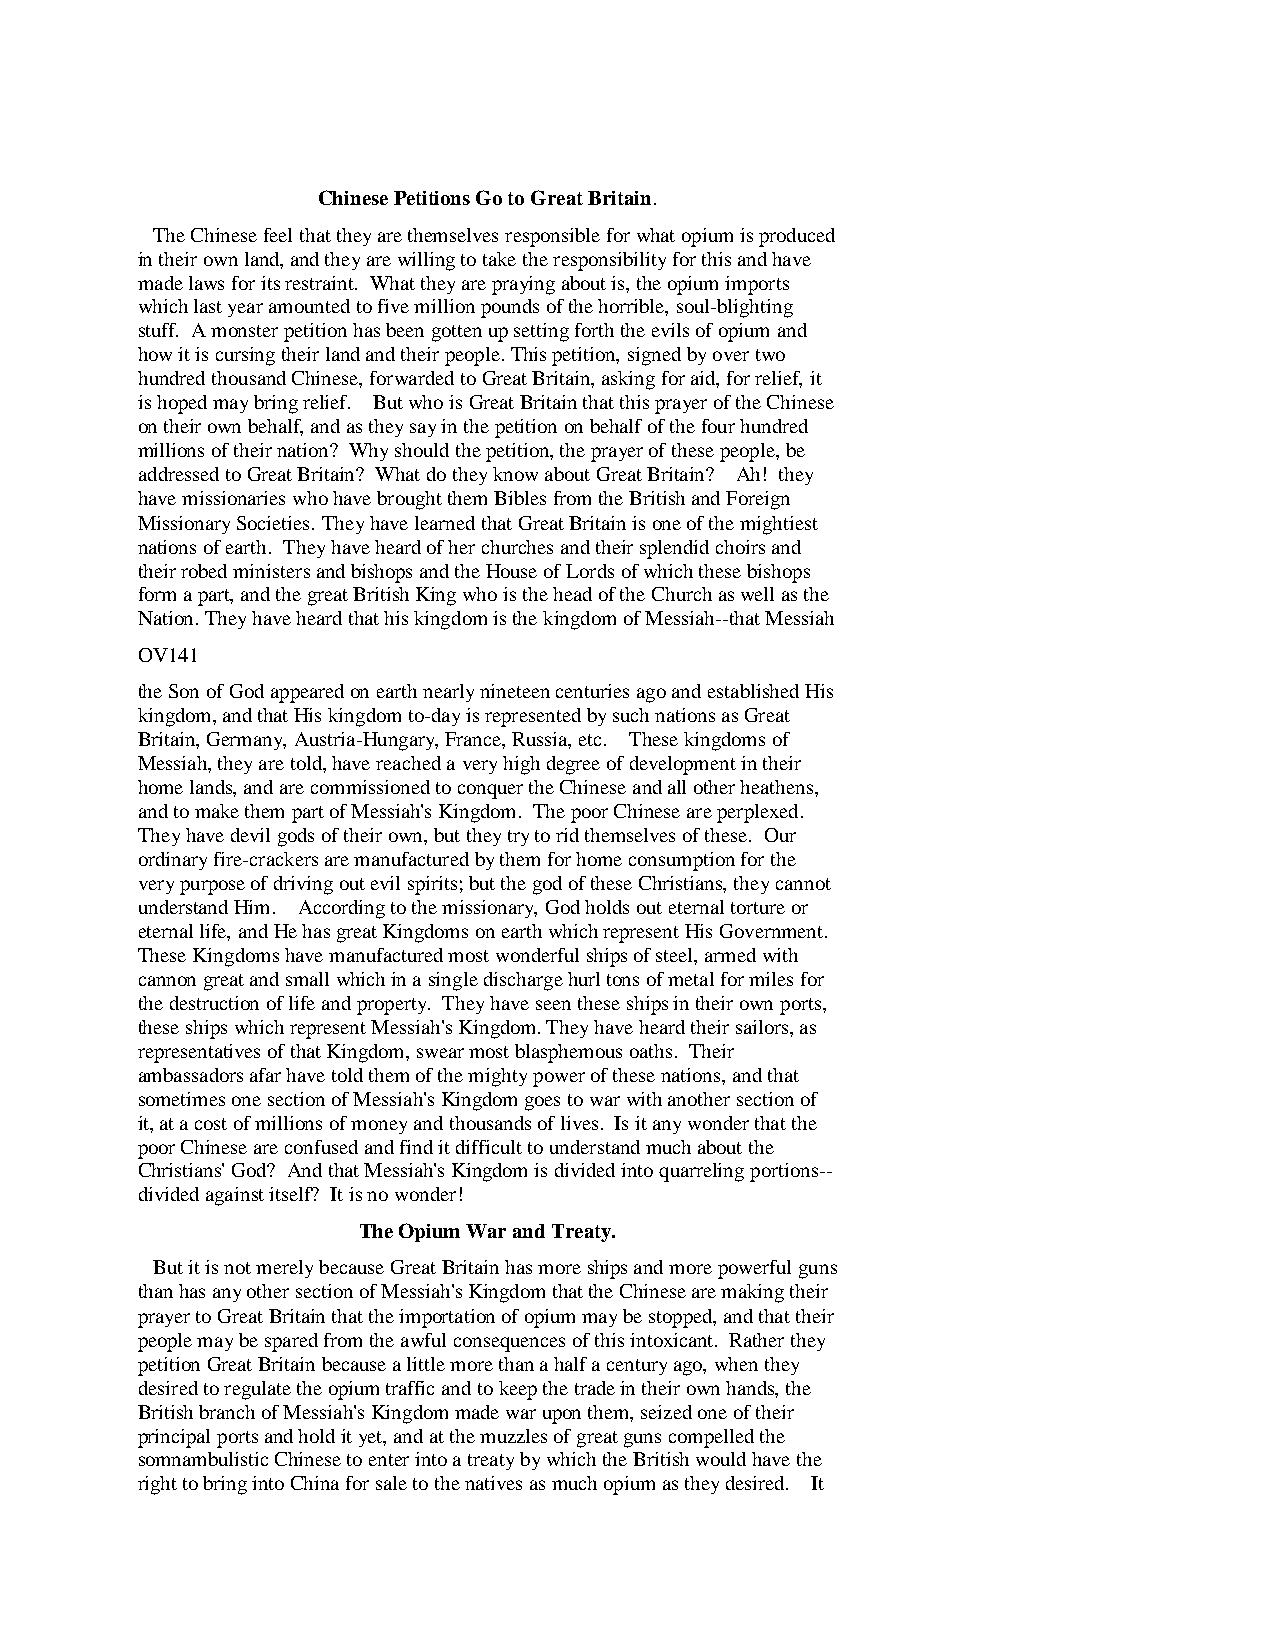
Chinese Petitions Go to Great Britain.
 The Chinese feel that they are themselves responsible for what opium is produced
 in their own land, and they are willing to take the responsibility for this and have
 made laws for its restraint. What they are praying about is, the opium imports
 which last year amounted to five million pounds of the horrible, soul-blighting
 stuff. A monster petition has been gotten up setting forth the evils of opium and
 how it is cursing their land and their people. This petition, signed by over two
 hundred thousand Chinese, forwarded to Great Britain, asking for aid, for relief, it
 is hoped may bring relief. But who is Great Britain that this prayer of the Chinese
 on their own behalf, and as they say in the petition on behalf of the four hundred
 millions of their nation? Why should the petition, the prayer of these people, be
 addressed to Great Britain? What do they know about Great Britain? Ah! they
 have missionaries who have brought them Bibles from the British and Foreign
 Missionary Societies. They have learned that Great Britain is one of the mightiest
 nations of earth. They have heard of her churches and their splendid choirs and
 their robed ministers and bishops and the House of Lords of which these bishops
 form a part, and the great British King who is the head of the Church as well as the
 Nation. They have heard that his kingdom is the kingdom of Messiah--that Messiah
 OV141
 the Son of God appeared on earth nearly nineteen centuries ago and established His
 kingdom, and that His kingdom to-day is represented by such nations as Great
 Britain, Germany, Austria-Hungary, France, Russia, etc. These kingdoms of
 Messiah, they are told, have reached a very high degree of development in their
 home lands, and are commissioned to conquer the Chinese and all other heathens,
 and to make them part of Messiah's Kingdom. The poor Chinese are perplexed.
 They have devil gods of their own, but they try to rid themselves of these. Our
 ordinary fire-crackers are manufactured by them for home consumption for the
 very purpose of driving out evil spirits; but the god of these Christians, they cannot
 understand Him. According to the missionary, God holds out eternal torture or
 eternal life, and He has great Kingdoms on earth which represent His Government.
 These Kingdoms have manufactured most wonderful ships of steel, armed with
 cannon great and small which in a single discharge hurl tons of metal for miles for
 the destruction of life and property. They have seen these ships in their own ports,
 these ships which represent Messiah's Kingdom. They have heard their sailors, as
 representatives of that Kingdom, swear most blasphemous oaths. Their
 ambassadors afar have told them of the mighty power of these nations, and that
 sometimes one section of Messiah's Kingdom goes to war with another section of
 it, at a cost of millions of money and thousands of lives. Is it any wonder that the
 poor Chinese are confused and find it difficult to understand much about the
 Christians' God? And that Messiah's Kingdom is divided into quarreling portions--
 divided against itself? It is no wonder!
 The Opium War and Treaty.
 But it is not merely because Great Britain has more ships and more powerful guns
 than has any other section of Messiah's Kingdom that the Chinese are making their
 prayer to Great Britain that the importation of opium may be stopped, and that their
 people may be spared from the awful consequences of this intoxicant. Rather they
 petition Great Britain because a little more than a half a century ago, when they
 desired to regulate the opium traffic and to keep the trade in their own hands, the
 British branch of Messiah's Kingdom made war upon them, seized one of their
 principal ports and hold it yet, and at the muzzles of great guns compelled the
 somnambulistic Chinese to enter into a treaty by which the British would have the
 right to bring into China for sale to the natives as much opium as they desired. It